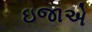
ઇજાએ